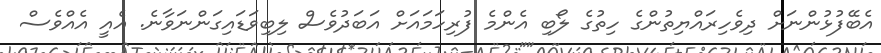
އެބޭފުޅުންނަށް ދިވެހިރައްޔިތުންގެ ހިތުގެ ލޯބި އެންމެ ފުރިހަމައަށް އަބަދުވެސް ލިބިވަޑައިގަންނަވާނެ. އެއީ އެއްވެސް